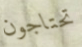
تحتاجون